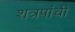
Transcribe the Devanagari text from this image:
शत्रपांची